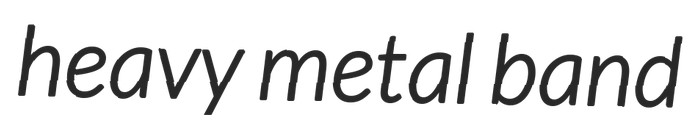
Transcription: heavy metal band